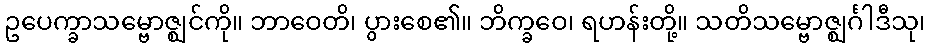
ဥပေက္ခာသမ္ဗောဇ္ဈင်ကို။ ဘာဝေတိ၊ ပွားစေ၏။ ဘိက္ခဝေ၊ ရဟန်းတို့။ သတိသမ္ဗောဇ္ဈင်္ဂါဒီသု၊